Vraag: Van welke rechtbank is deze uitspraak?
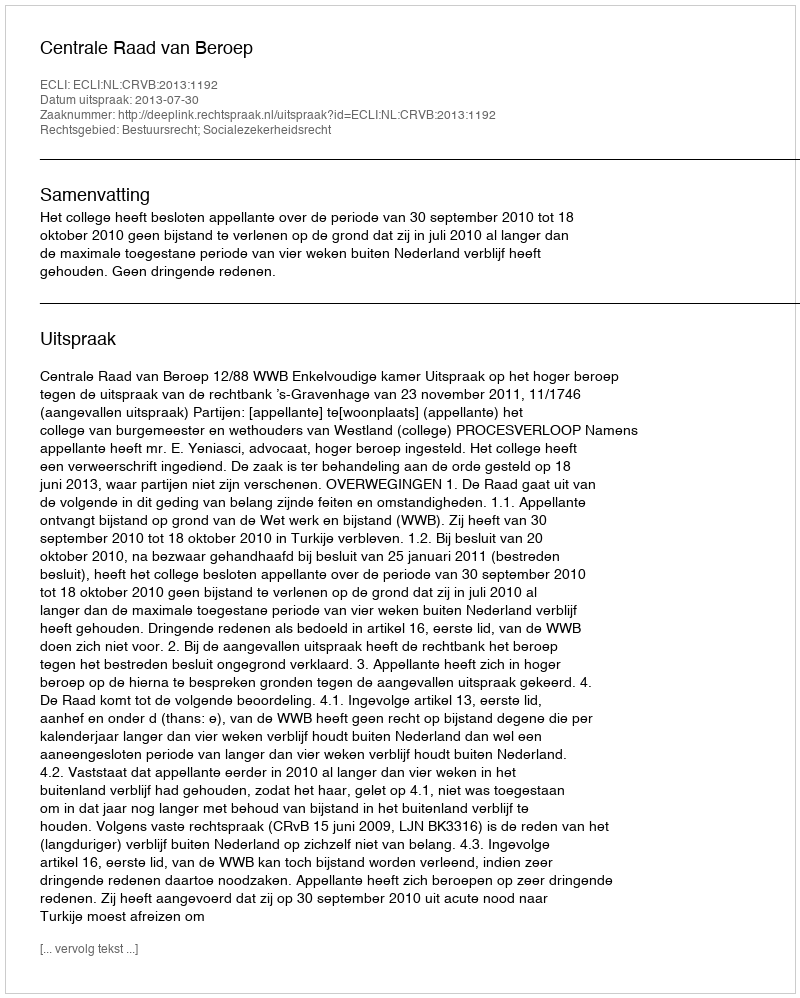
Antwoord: Centrale Raad van Beroep